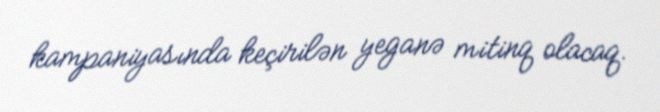
kampaniyasında keçirilən yeganə mitinq olacaq.